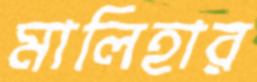
মালিহার